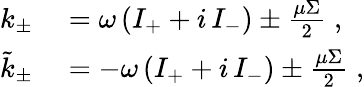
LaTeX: \begin{array}{rl}{k_{\pm}}&{{}=\omega\left(I_{+}+i\, I_{-}\right)\pm\frac{\mu\Sigma}{2}\; ,}\\ {\tilde{k}_{\pm}}&{{}=-\omega\left(I_{+}+i\, I_{-}\right)\pm\frac{\mu\Sigma}{2}\; ,}\end{array}